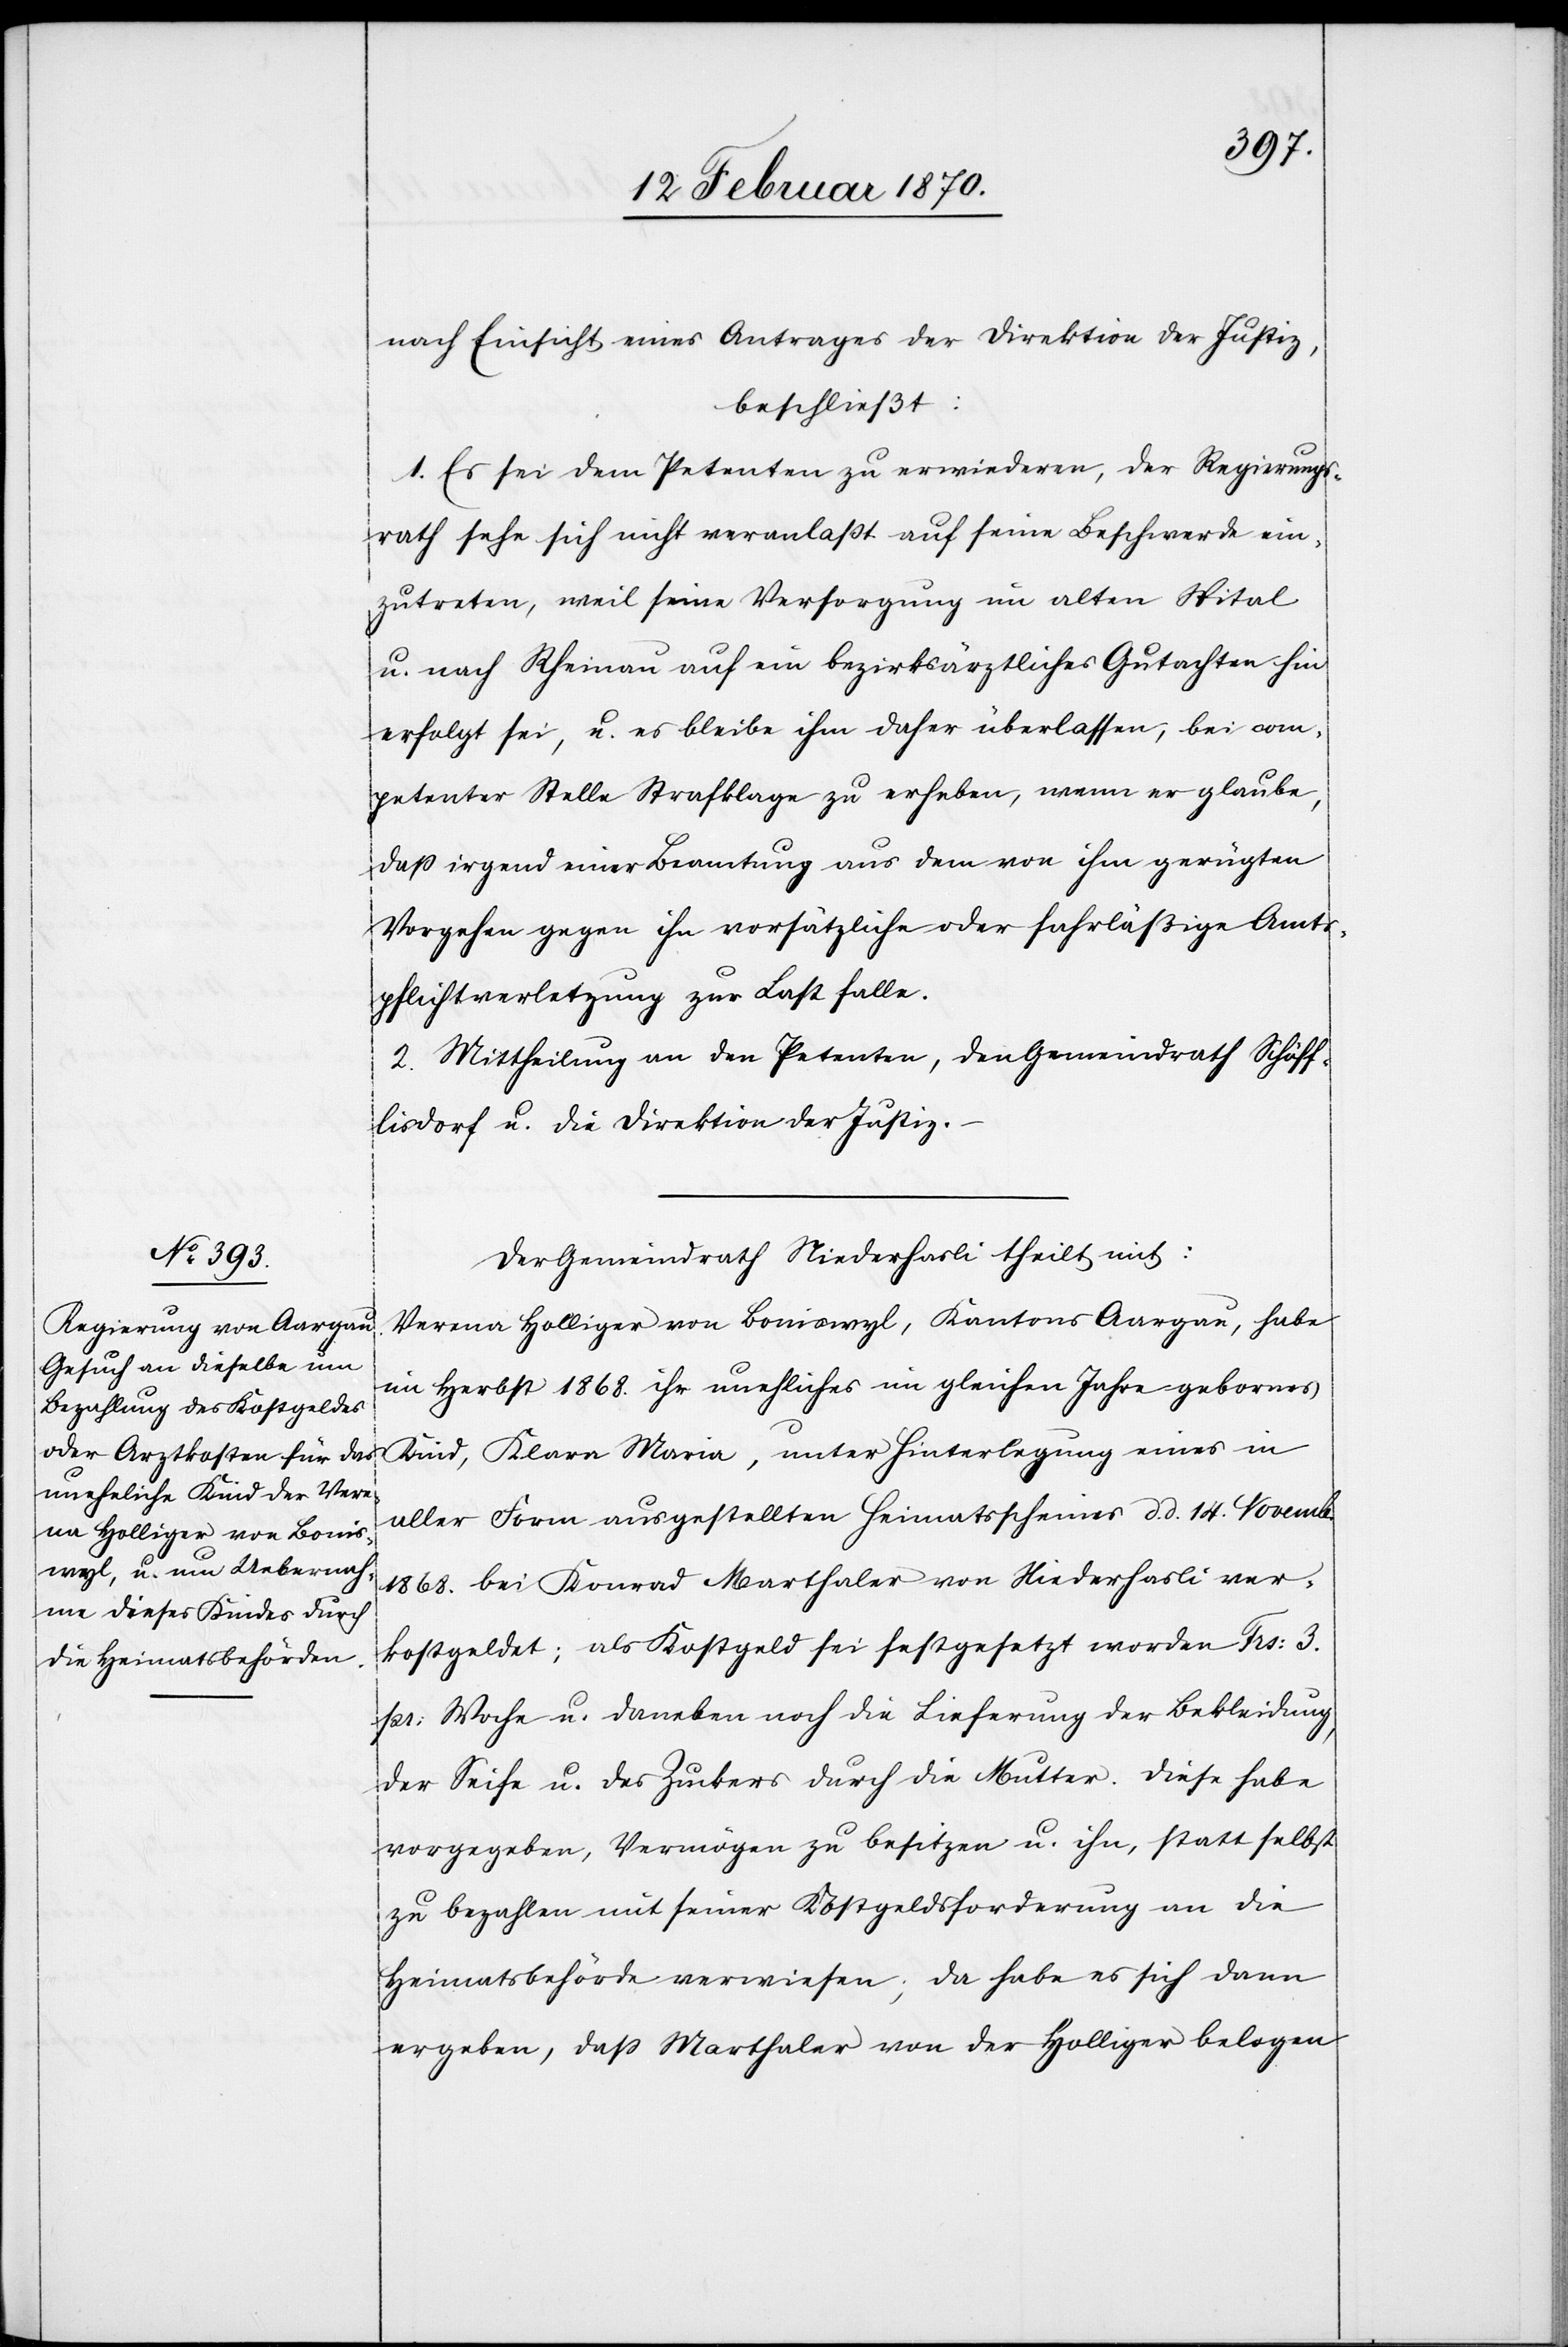
nach Einsicht eines Antrages der Direktion der Justiz,
beschließt:
1. Es sei dem Petenten zu erwiederen, der Regierungs¬
rath sehe sich nicht veranlaßt auf seine Beschwerde ein¬
zutreten, weil seine Versorgung im alten Spital
u. nach Rheinau auf ein bezirksärztliches Gutachten hin
erfolgt sei, u. es bleibe ihm daher überlassen, bei com¬
petenter Stelle Strafklage zu erheben, wenn er glaube,
daß irgend einer Beamtung aus dem von ihm gerügten
Vorgehen gegen ihn vorsätzliche oder fahrläßige Amts¬
pflichtverletzung zur Last falle.
2. Mittheilung an den Petenten, den Gemeindrath Schöff¬
lisdorf u. die Direktion der Justiz.
Der Gemeindrath Niederhasli theilt mit:
Verena Holliger von Boniswyl, Kantons Aargau, habe
im Herbst 1868. ihr unehliches im gleichen Jahre gebornes
Kind, Klara Maria, unter Hinterlegung eines in
aller Form ausgestellten Heimatsscheines d. d. 14. Novemb.
1868. bei Konrad Marthaler von Niederhasli ver¬
kostgeldet; als Kostgeld sei festgesetzt worden Frs: 3.
pr: Woche u. daneben noch die Lieferung der Bekleidung,
der Seife u. des Zuckers durch die Mutter. Diese habe
vorgegeben, Vermögen zu besitzen u. ihn, statt selbst
zu bezahlen mit seiner Kostgeldsforderung an die
Heimatsbehörde verwiesen; da habe es sich dann
ergeben, dass Marthaler von der Holliger belogen